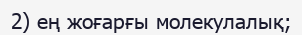
2) ең жоғарғы молекулалық;